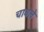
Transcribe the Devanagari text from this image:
चावले